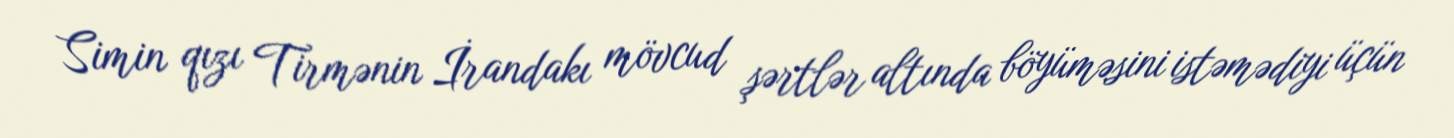
Simin qızı Tirmənin İrandakı mövcud şərtlər altında böyüməsini istəmədiyi üçün